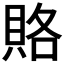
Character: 賂